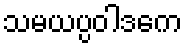
သမယပ္ပဝါဒကေ